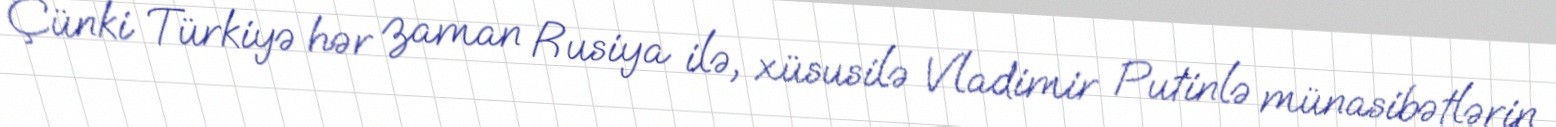
Çünki Türkiyə hər zaman Rusiya ilə, xüsusilə Vladimir Putinlə münasibətlərin